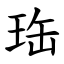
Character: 珤